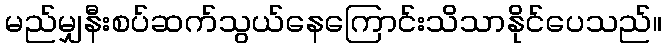
မည်မျှနီးစပ်ဆက်သွယ်နေကြောင်းသိသာနိုင်ပေသည်။